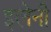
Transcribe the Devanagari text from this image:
इलेनी